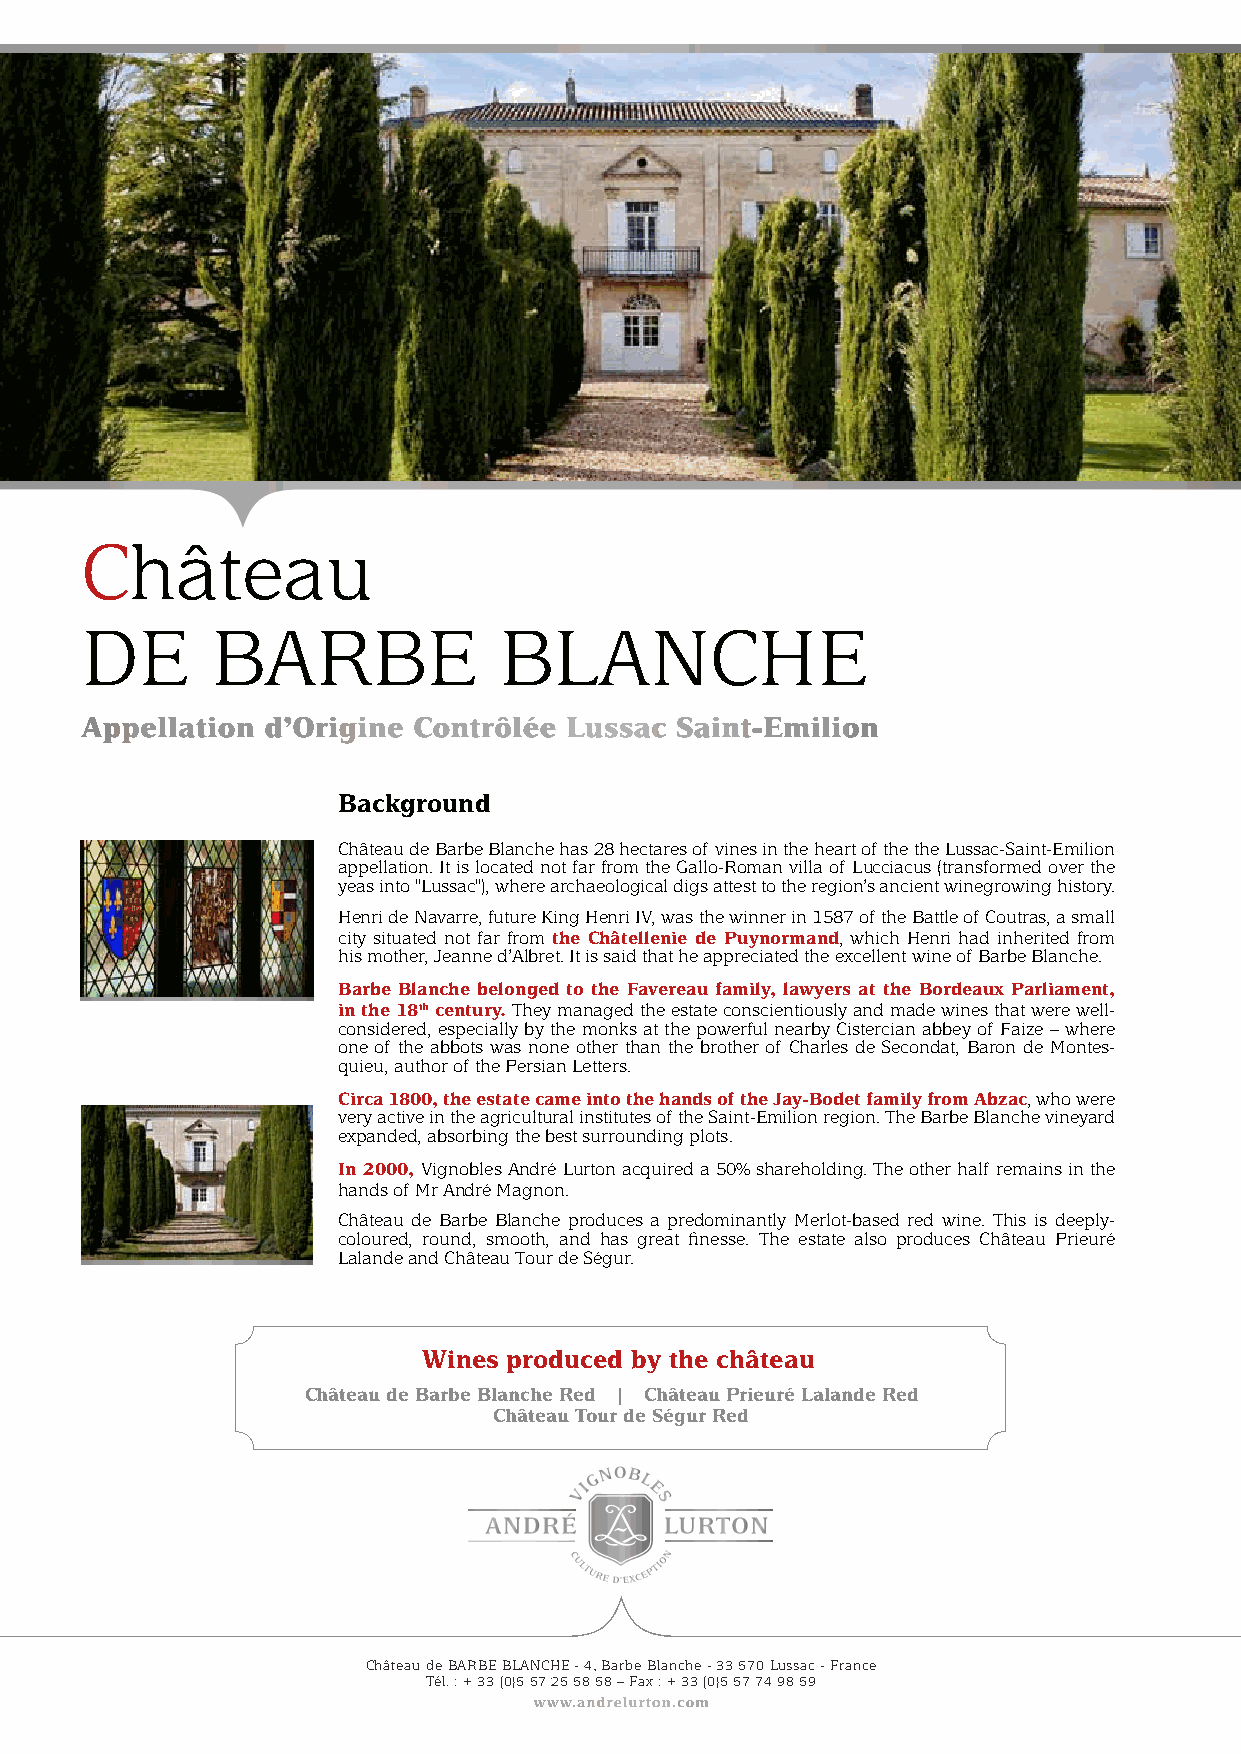
Château
 de       BarBe              BlanChe
 Appellation d’Origine Contrôlée Lussac  Saint-Emilion
 Background
 Château de Barbe Blanche has 28 hectares of vines in the heart of the the lussac-Saint-emilion
 appellation. It is located not far from the Gallo-roman villa of lucciacus (transformed over the
 yeas into "lussac"), where archaeological digs attest to the region’s ancient winegrowing history.
 henri de navarre, future King henri IV, was the winner in 1587 of the Battle of Coutras, a small
 city situated not far from the Châtellenie de Puynormand, which henri had inherited from
 his mother, Jeanne d’albret. It is said that he appreciated the excellent wine of Barbe Blanche.
 Barbe Blanche belonged to the Favereau family, lawyers at the Bordeaux Parliament,
 in the 18th century. They managed the estate conscientiously and made wines that were well-
 considered, especially by the monks at the powerful nearby Cistercian abbey of Faize – where
 one of the abbots was none other than the brother of Charles de Secondat, Baron de Montes-
 quieu, author of the Persian letters.
 Circa 1800, the estate came into the hands of the Jay-Bodet family from Abzac, who were
 very active in the agricultural institutes of the Saint-emilion region. The Barbe Blanche vineyard
 expanded, absorbing the best surrounding plots.
 In 2000, Vignobles andré lurton acquired a 50% shareholding. The other half remains in the
 hands of Mr andré Magnon.
 Château de Barbe Blanche produces a predominantly Merlot-based red wine. This is deeply-
 coloured, round, smooth, and has great finesse. The estate also produces Château Prieuré
 lalande and Château Tour de Ségur.
 Wines produced by the château
 Château de Barbe Blanche Red | Château Prieuré Lalande Red
 Château Tour de Ségur Red
 Château de BarBe BlanChe - 4, Barbe Blanche - 33 570 lussac - France
 Tél. : + 33 (0)5 57 25 58 58 – Fax : + 33 (0)5 57 74 98 59
 www.andrelurton.com